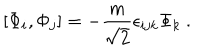
LaTeX: [ \Phi _ { i } , \Phi _ { j } ] = - \frac { m } { \sqrt 2 } \epsilon _ { i j k } \Phi _ { k } \ .